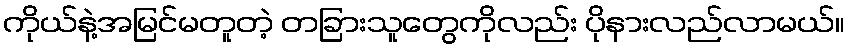
ကိုယ်နဲ့အမြင်မတူတဲ့ တခြားသူတွေကိုလည်း ပိုနားလည်လာမယ်။